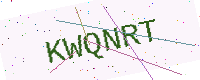
Text: KWQNRT